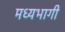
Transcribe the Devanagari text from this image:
मध्‍यभागी